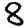
Digit: 8